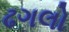
ઢગલો